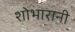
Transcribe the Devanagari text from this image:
शोभारानी